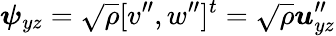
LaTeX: \boldsymbol{\psi}_{yz}=\sqrt{\rho}[v^{\prime\prime},w^{\prime\prime}]^{t}=\sqrt{\rho}\boldsymbol{u}_{yz}^{\prime\prime}